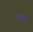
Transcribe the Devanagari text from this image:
मषाल